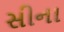
સીના